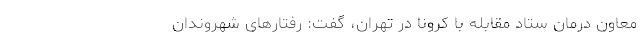
معاون درمان ستاد مقابله با کرونا در تهران، گفت: رفتارهای شهروندان